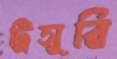
ট্রিসুরি